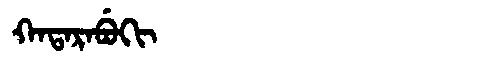
Manchu: ᡴᠠᡨᠠᡵᠠᠪᡠᡴᡳ
Romanization: KATARABUKI